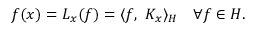
f ( x ) = L _ { x } ( f ) = \langle f , \ K _ { x } \rangle _ { H } \quad \forall f \in H .